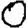
Digit: 0